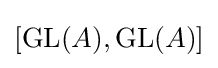
[\operatorname {GL} (A),\operatorname {GL} (A)]